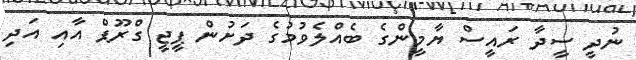
ނުދީ ސީދާ ރައީސް ޔާމީންގެ ބެއްލެވުމުގެ ދަށުން ޕީޖީ ގްރޫޕް އާއި އަދި